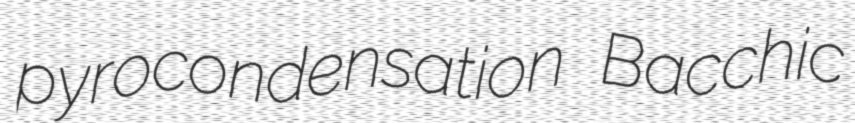
pyrocondensation Bacchic